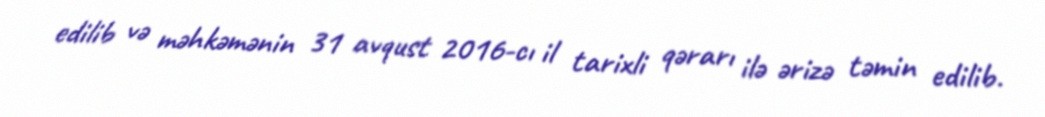
edilib və məhkəmənin 31 avqust 2016-cı il tarixli qərarı ilə ərizə təmin edilib.